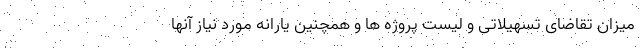
میزان تقاضای تسهیلاتی و لیست پروژه ها و همچنین یارانه مورد نیاز آنها